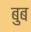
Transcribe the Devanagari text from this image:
बुब